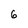
Character: 6